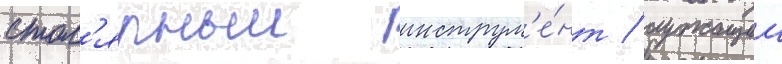
стол'ярныи инструм'е́нт / служащии